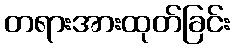
တရားအားထုတ်ခြင်း